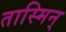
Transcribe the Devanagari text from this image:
तास्मिन्